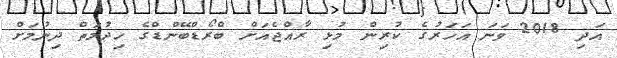
އަދި 2018 ވަނަ އަހަރުގެ ކުރިން މުޅި ރާއްޖެއަށް ބްރޯޑްބޭންޑްގެ ހިދުމަތް ދިނުމަށް